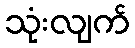
သုံးလျက်